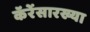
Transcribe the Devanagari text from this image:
कॅरेंसारख्या